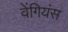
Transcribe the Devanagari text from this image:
वेंगियंस